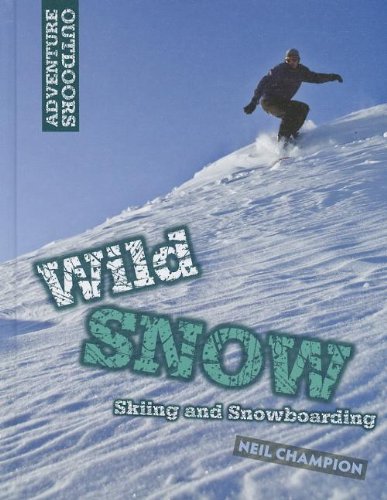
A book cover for Wild Snow: Skiing and Snowboarding (Adventure Outdoors); Neil Champion; Sports & Outdoors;